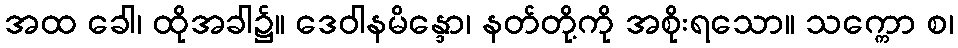
အထ ခေါ၊ ထိုအခါ၌။ ဒေဝါနမိန္ဒော၊ နတ်တို့ကို အစိုးရသော။ သက္ကော စ၊